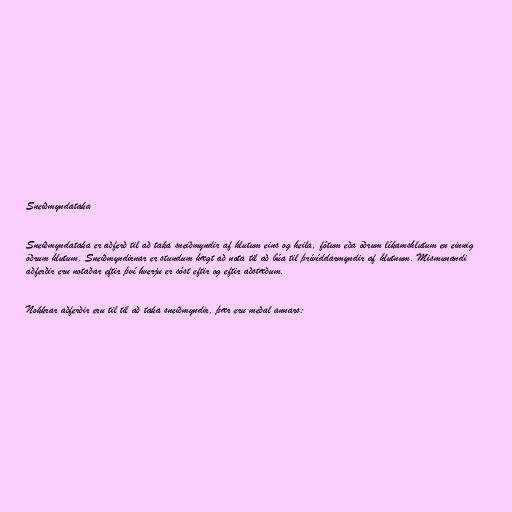
Sneiðmyndataka

Sneiðmyndataka er aðferð til að taka sneiðmyndir af hlutum eins og heila, fótum eða öðrum líkamshlutum en einnig
öðrum hlutum. Sneiðmyndirnar er stundum hægt að nota til að búa til þrívíddarmyndir af hlutnum. Mismunandi
aðferðir eru notaðar eftir því hverju er sóst eftir og eftir aðstæðum.

Nokkrar aðferðir eru til til að taka sneiðmyndir, þær eru meðal annars: